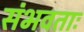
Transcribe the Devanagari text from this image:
संभवताः